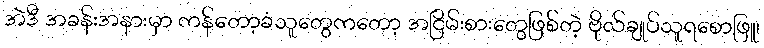
အဲဒီ အခန်းအနားမှာ ကန်တော့ခံသူတွေကတော့ အငြိမ်းစားတွေဖြစ်တဲ့ ဗိုလ်ချုပ်သူရစောဖြူ၊